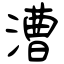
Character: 漕